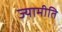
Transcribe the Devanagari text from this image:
ज्यामीति